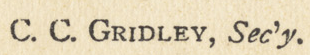
C. C. GRIDLEY. Sec'y.